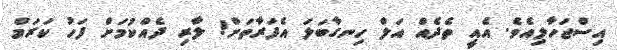
އިސްޖަހާލިއެވެ. އެއީ ތެދެއް އަލް ހިނގާބަލަ އެފަރާތަށް! ލާރި ދެއްކުމަށް ފަހު ކަރަމް